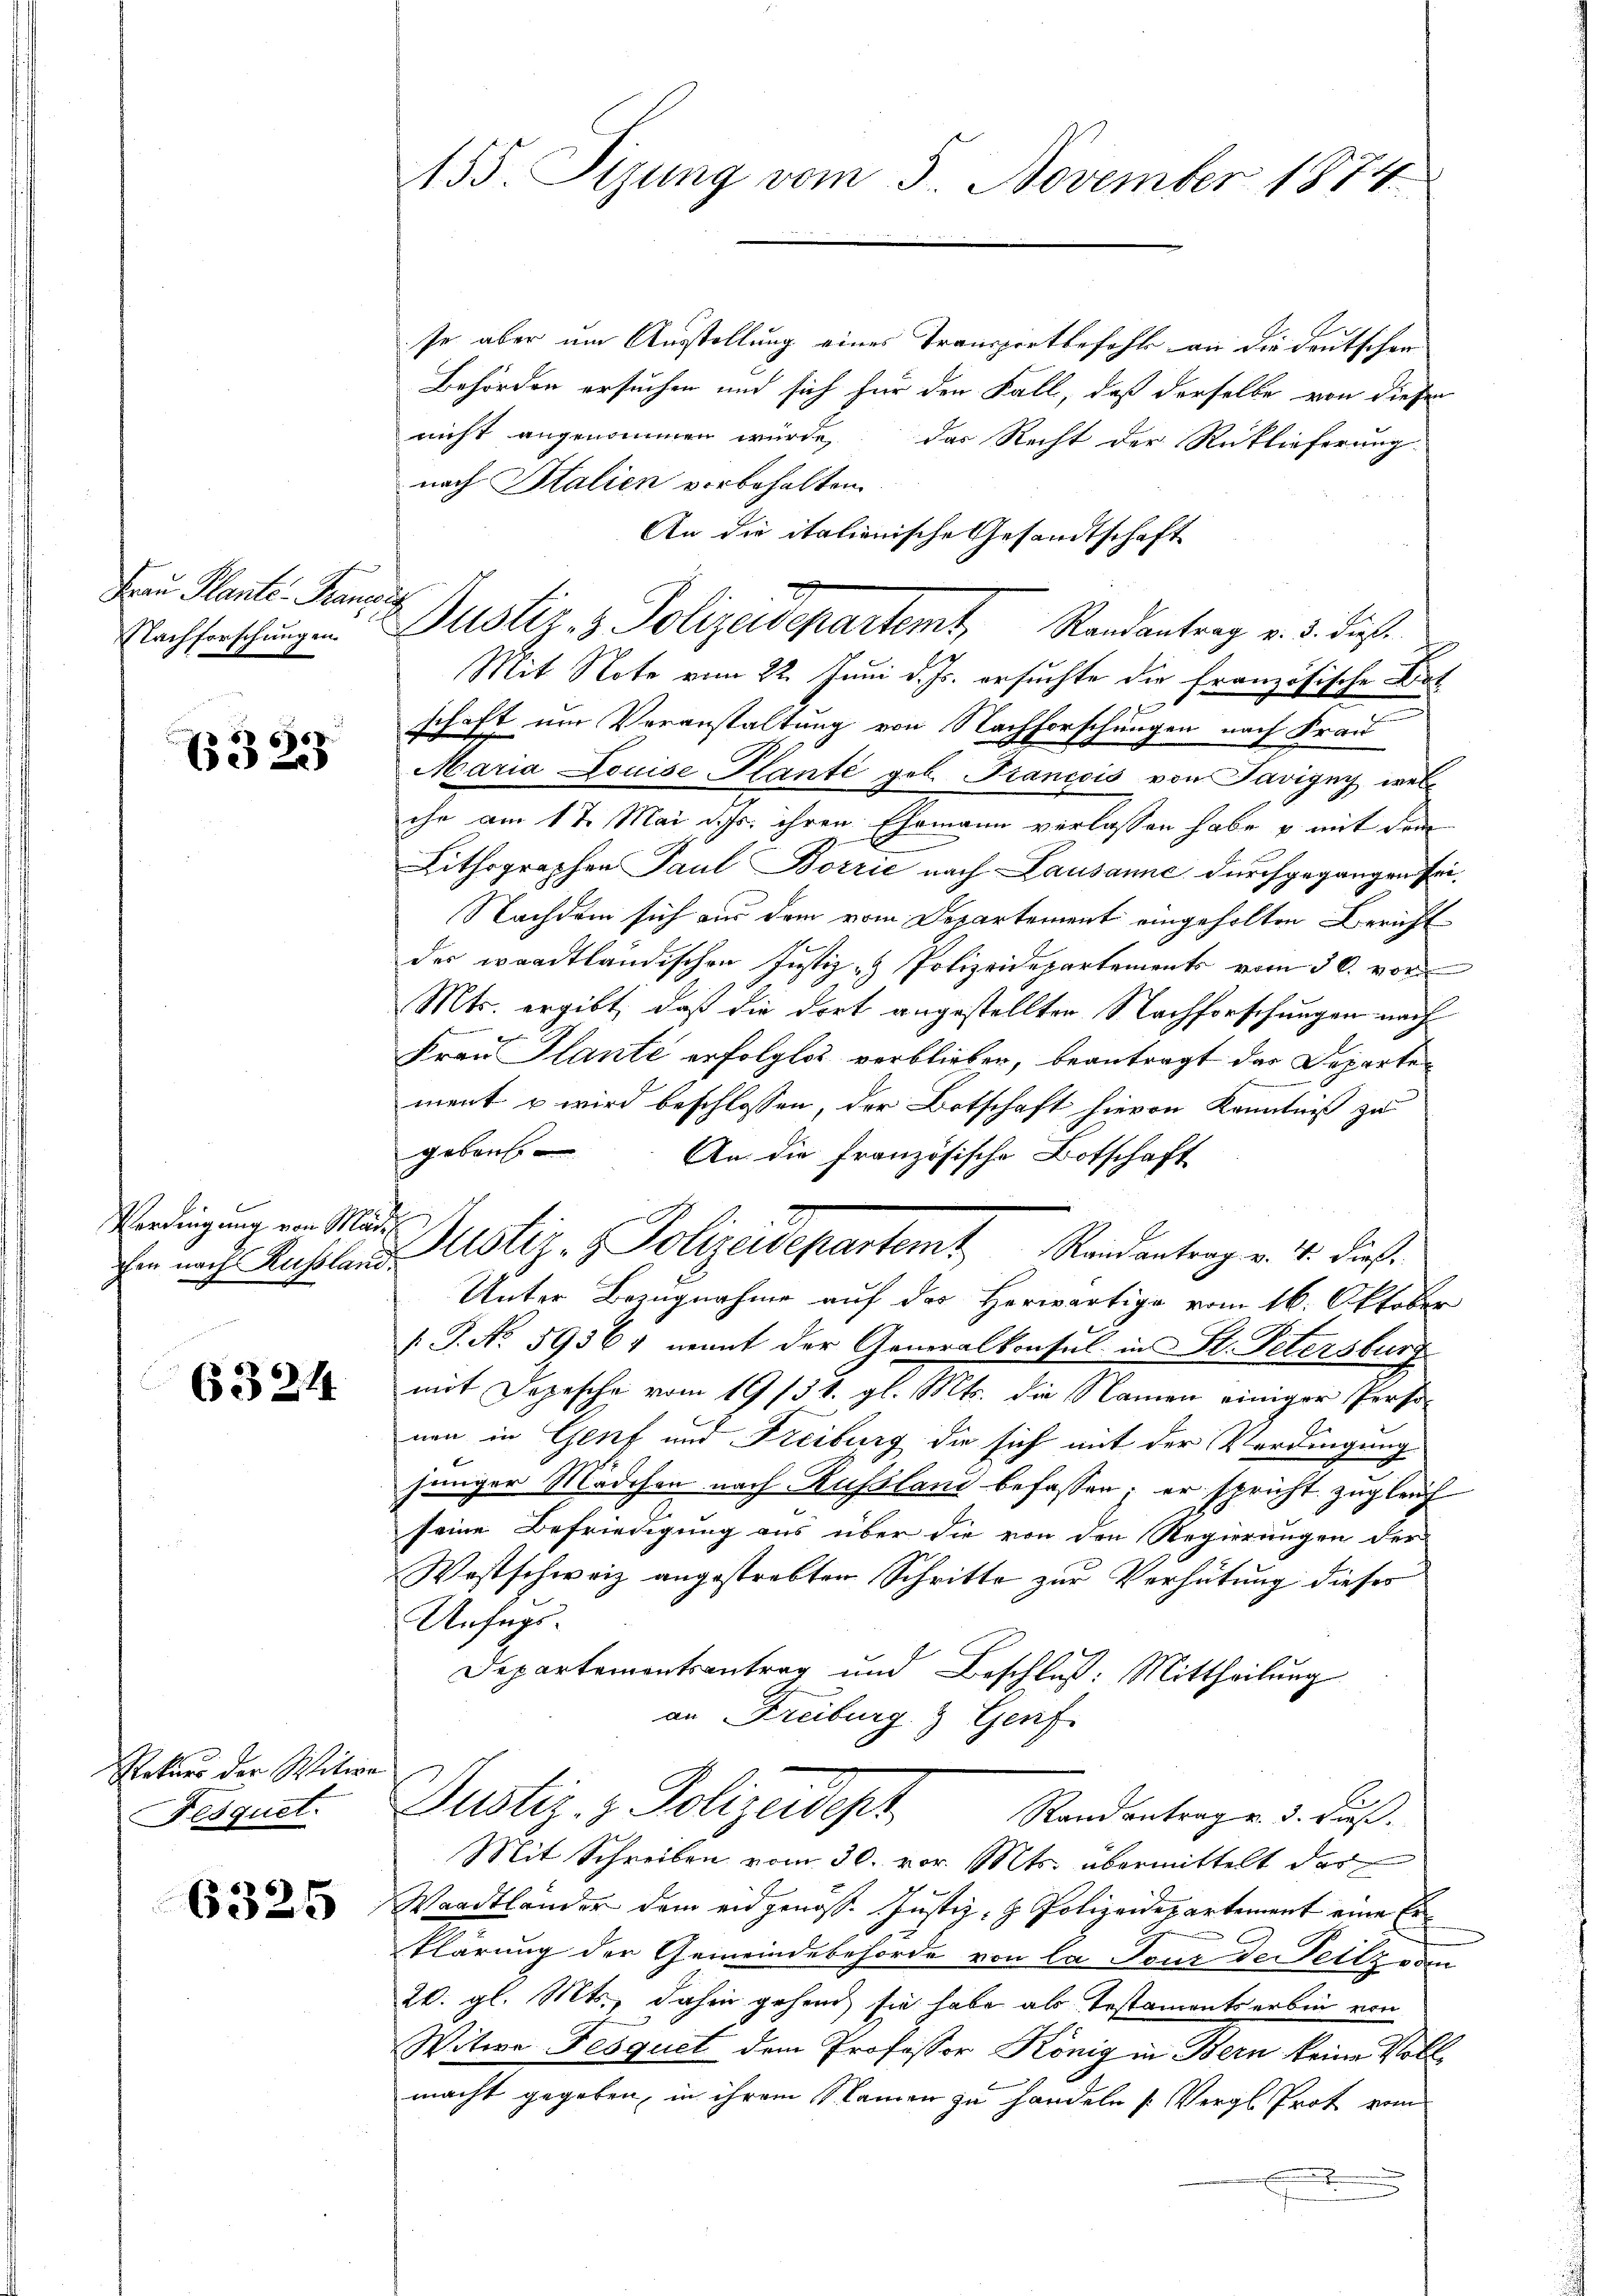
Frau Plante Franzis
Nachforschungen

63223

Verdingung von Mäde

6324

haetter den Kleine
Fesquel

6325

so aber um Ausstellung eines Transportbefehl an die deutschen
Behörden ersuchen und sich für den Fall, daß derselbe von diesen
nicht angenommen würde, das Recht der Rücklieferung
nach Italien vorbehalten.
An die italienische Gesandtschaft
Mit Note vom 22. Juni d. Js. ersuchte die französische Dot
f
schaft um Veranstaltung von Nachforschungen nach Frau
Maria Louise Plante geb. Francois von Savigny, welche am 17. Mai d. Js. ihren Ehemann verlassen habe u mit dem
Lithographen Paul Borrić nach Lausanne durchgegangen sei.
Nachdem sich aus dem vom Departement eingeholten Bericht
der waadtländischen Justiz- & Polizeidepartements vom 30. vor
Mts. ergibt, daß die dort angestellten Nachforschungen nach
Frau Plante erfolglos verblieben, beantragt der Departe
ment u wird beschlossen, der Botschaft hievon Kenntniß zu
gebenb
An die französische Botschaft
Ein nach Russland Mustiz- & Polizeidepartemt Randantrag v. 4. dieß.
Unter Bezugnahme auf des Herwärtige vom 16. Oktober
/. P. No. 59564 nennt der Generalkonsul in St. Petersburg
mit Depesche vom 19/31. gl. Mts. die Namen einiger Perso-
nen in Genf und Freiburg die sich mit der Verdingung
jünger Mädchen nach Russland befassen; er spricht zugleich
seine Befriedigung aus über die von den Regierungen der
Wostschweiz angestrebten Schritte zur Verhütung dieses
Anfugs.
Departementsantrag und Beschluß: Mittheilung
an Freiburg & Genf
Justiz- & Polizeidept
Randantrag u. 3. dieß.
Mit Schreiben vom 30. vor. Mts. übermittelt das
Waadtländer dem eidgenöss. Justiz- & Polizeidepartement eine Erklärung der Gemeindebehörde von la Tour de Teilz von
20. gl. Mts., dahin gehend sie habe als Testamentserbin von
Witwe Fesquet dem Professor König in Bern keine Vollmacht gegeben, in ihrem Namen zu handeln Vergl. Prot vom
.

155. Sizung vom 5. November 1874

Justiz- & Polizeidepartemt, Randantrag v. 3. dieß